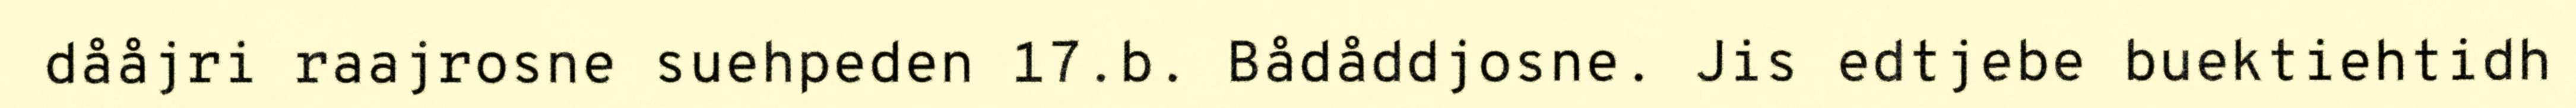
dååjri raajrosne suehpeden 17.b. Bådåddjosne. Jis edtjebe buektiehtidh